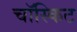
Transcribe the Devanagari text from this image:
चॉस्किट